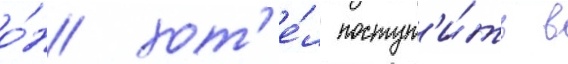
о́н хот'е́л поступ'и́ть в